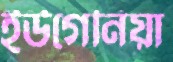
ইউগেনিয়া